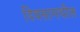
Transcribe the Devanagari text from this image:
दिवसामधील